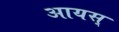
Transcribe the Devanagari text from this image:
आयस्